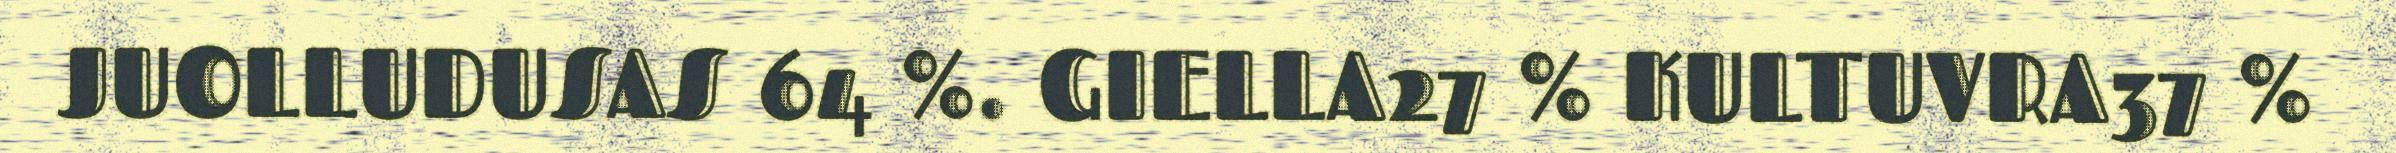
JUOLLUDUSAS 64 %. GIELLA27 % KULTUVRA37 %